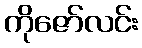
ကိုဇော်လင်း